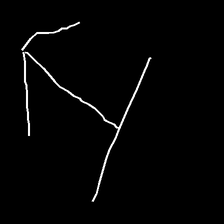
Glyph: levitation